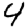
Digit: 4